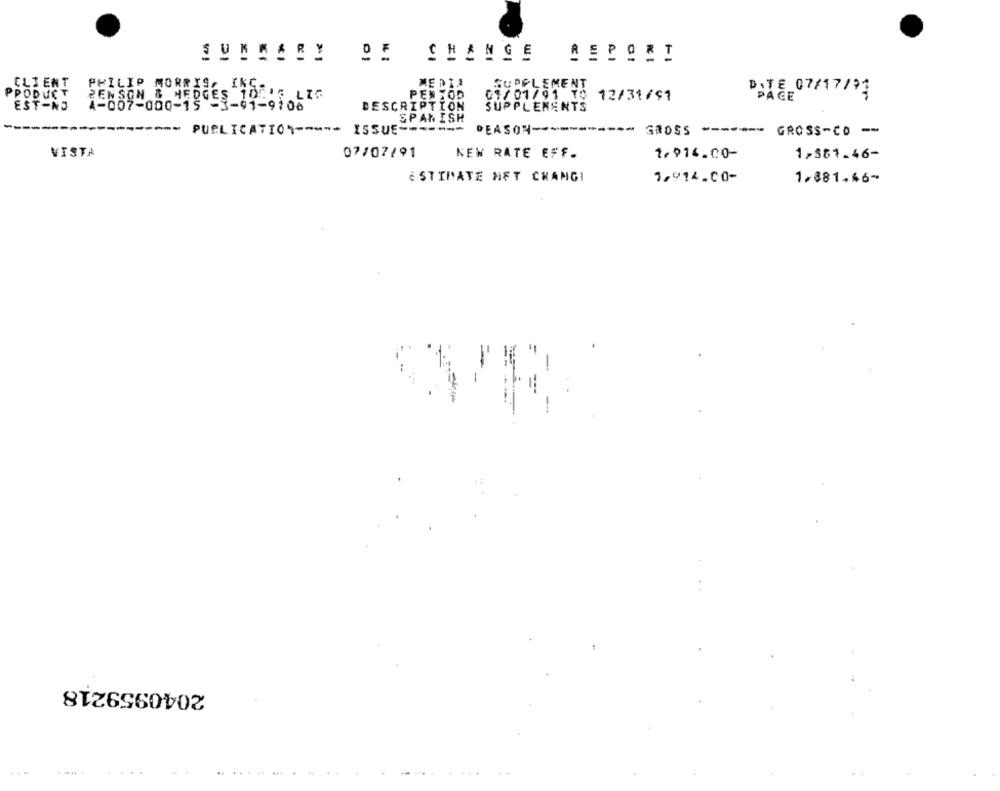
OF
CHANGE
CLIENT
SUPPLEMENT
PRODUCT
BENSON & HEDGES 10215 LIG
PHILIP MORRIS, INS .,
PERIOD
DATE_07/17/91
01/01/91 10 12/31/91
PACE
EST-NJ
07-000-15 --
DESCRIPTION
SUPPLEMENTS
SPANISH
----
PUBLICATION ----- ISSUE -------
DEASON ------
GROSS ------- GROSS-CO --
VISTA
07/07/91
KEW RATE EFF.
1.916.00-
1-381.46-
ESTIMATE NFT CHANGI
1,914.00-
1881.46-
2040959218
...
.....
....